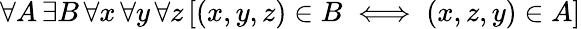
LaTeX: \forall A\, \exists B\, \forall x\, \forall y\, \forall z\, [(x,y,z)\in B\iff(x,z,y)\in A]